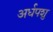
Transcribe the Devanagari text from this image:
अर्धपशु